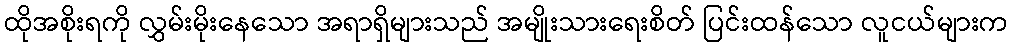
ထိုအစိုးရကို လွှမ်းမိုးနေသော အရာရှိများသည် အမျိုးသားရေးစိတ် ပြင်းထန်သော လူငယ်များက